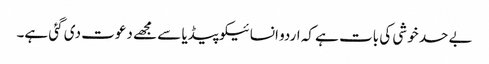
بے حد خوشی کی بات ہے کہ اردو انسائیکوپیڈیا سے مجھے دعوت دی گئی ہے۔